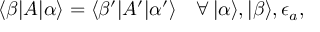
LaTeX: \langle \beta | A | \alpha \rangle = \langle \beta ^ { \prime } | A ^ { \prime } | \alpha ^ { \prime } \rangle \quad \forall \, | \alpha \rangle , | \beta \rangle , \epsilon _ { a } ,